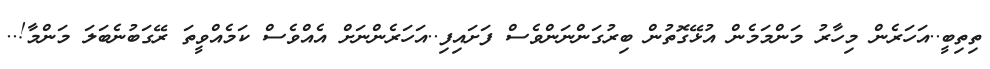
ތިތިބީ..އަހަރެން މިހާރު މަންމަމެން އުޅޭގޮތުން ބިރުގަންނަންވެސް ފަށައިފި..އަހަރެންނަށް އެއްވެސް ކަމެއްވީތަ ރޭގަބުނެބަލަ މަންމާ!..